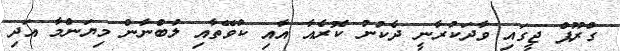
ގްރޫޕް ޖީގައި ވާދަކުރާނީ ދެކުނު ކޮރެއާ އާއި ކުވޭތާއި ލުބްނާން މިޔަންމާ އަދި